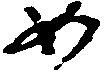
如